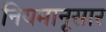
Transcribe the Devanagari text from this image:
नियमानूसार